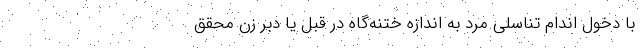
با دخول اندام تناسلی مرد به اندازه ختنه‌گاه در قُبُل یا دُبُر زن محقق